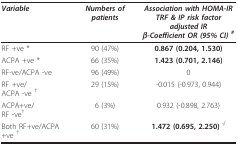
| Variable | Numbers of patients | Association with HOMA-IRTRF & IP risk factor adjusted IRβ-Coefficient OR (95% CI) # |
 | --- | --- | --- |
 | RF +ve * | 90 (47%) | 0.867 (0.204, 1.530) |
 | ACPA +ve * | 66 (35%) | 1.423 (0.701, 2.146) |
 | RF-ve/ACPA -ve | 96 (49%) | 0 |
 | RF +ve/ACPA -ve † | 29 (15%) | -0.015 (-0.973, 0.944) |
 | ACPA+ve/RF -ve† | 6 (3%) | 0.932 (-0.898, 2.763) |
 | Both RF+ve/ACPA+ve † | 60 (31%) | 1.472 (0.695, 2.250) √ |